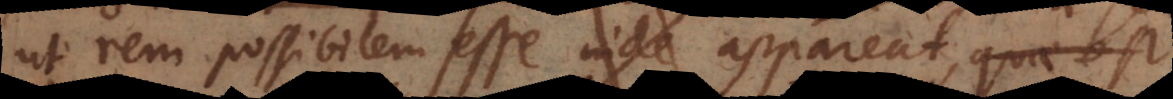
ut rem possibilem esse inde appareat, quae est